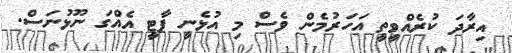
އިރާދަ ކުރެއްވީތީ އަހަރުމެން ވެސް މި އުޅެނީ ޕާޓީ އެއްގަ ނޫޅުނަސް.